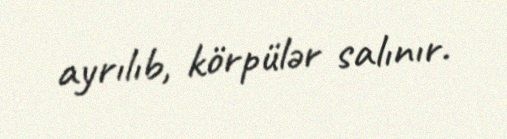
ayrılıb, körpülər salınır.